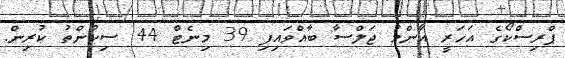
ޕްރިސްކޯގެ އަހަރީ އާންމު ޖަލްސާ ބާއްވައިފި 39 މިނެޓް 44 ސިކުންތު ކުރިން.